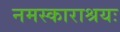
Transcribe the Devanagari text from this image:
नमस्काराश्रयः